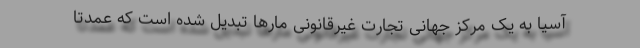
آسیا به یک مرکز جهانی تجارت غیرقانونی مار‌ها تبدیل شده است که عمدتا